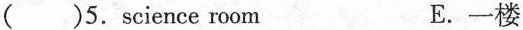
( )5.science room E.一楼